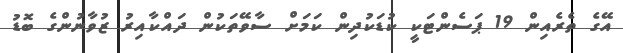
އޭގެ ތެރެއިން 19 ޕަސެންޓަކީ ކުޑަކުދިން ކަމަށް ސާވޭތަކުން ދައްކާއިރު ޒުވާނުންގެ ބޮޑު